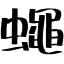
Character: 蠅